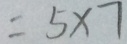
= 5 \times 7